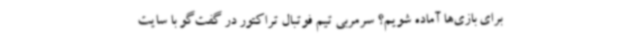
برای بازی‌ها آماده شویم؟ سرمربی تیم فوتبال تراکتور در گفت‌گو با سایت